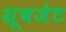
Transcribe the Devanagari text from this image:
ग्रूवजेट